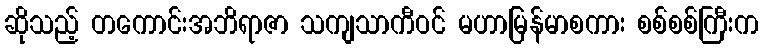
ဆိုသည့် တကောင်းအဘိရာဇာ သကျသာကီဝင် မဟာမြန်မာစကား စစ်စစ်ကြီးက